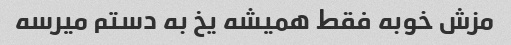
مزش خوبه فقط همیشه یخ به دستم میرسه